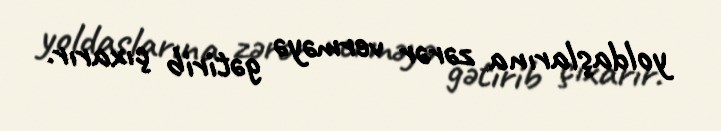
yoldaşlarına zərər verməyə gətirib çıxarır.